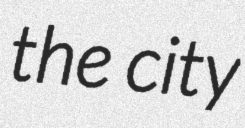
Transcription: the city